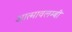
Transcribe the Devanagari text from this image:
आत्मावलम्बी